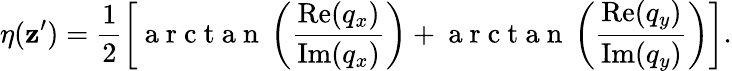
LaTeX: \eta(\mathbf{z}^{\prime})=\frac{{1}}{{2}}\left[\mathrm{{~a~r~c~t~a~n~}}\left(\frac{{\operatorname{Re}(q_{x})}}{{\operatorname{Im}(q_{x})}}\right)+\mathrm{{~a~r~c~t~a~n~}}\left(\frac{{\operatorname{Re}(q_{y})}}{{\operatorname{Im}(q_{y})}}\right)\right].